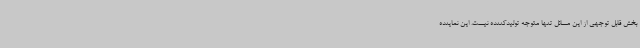
بخش قابل توجهی از این مسائل تنها متوجه تولیدکننده نیست. این نماینده